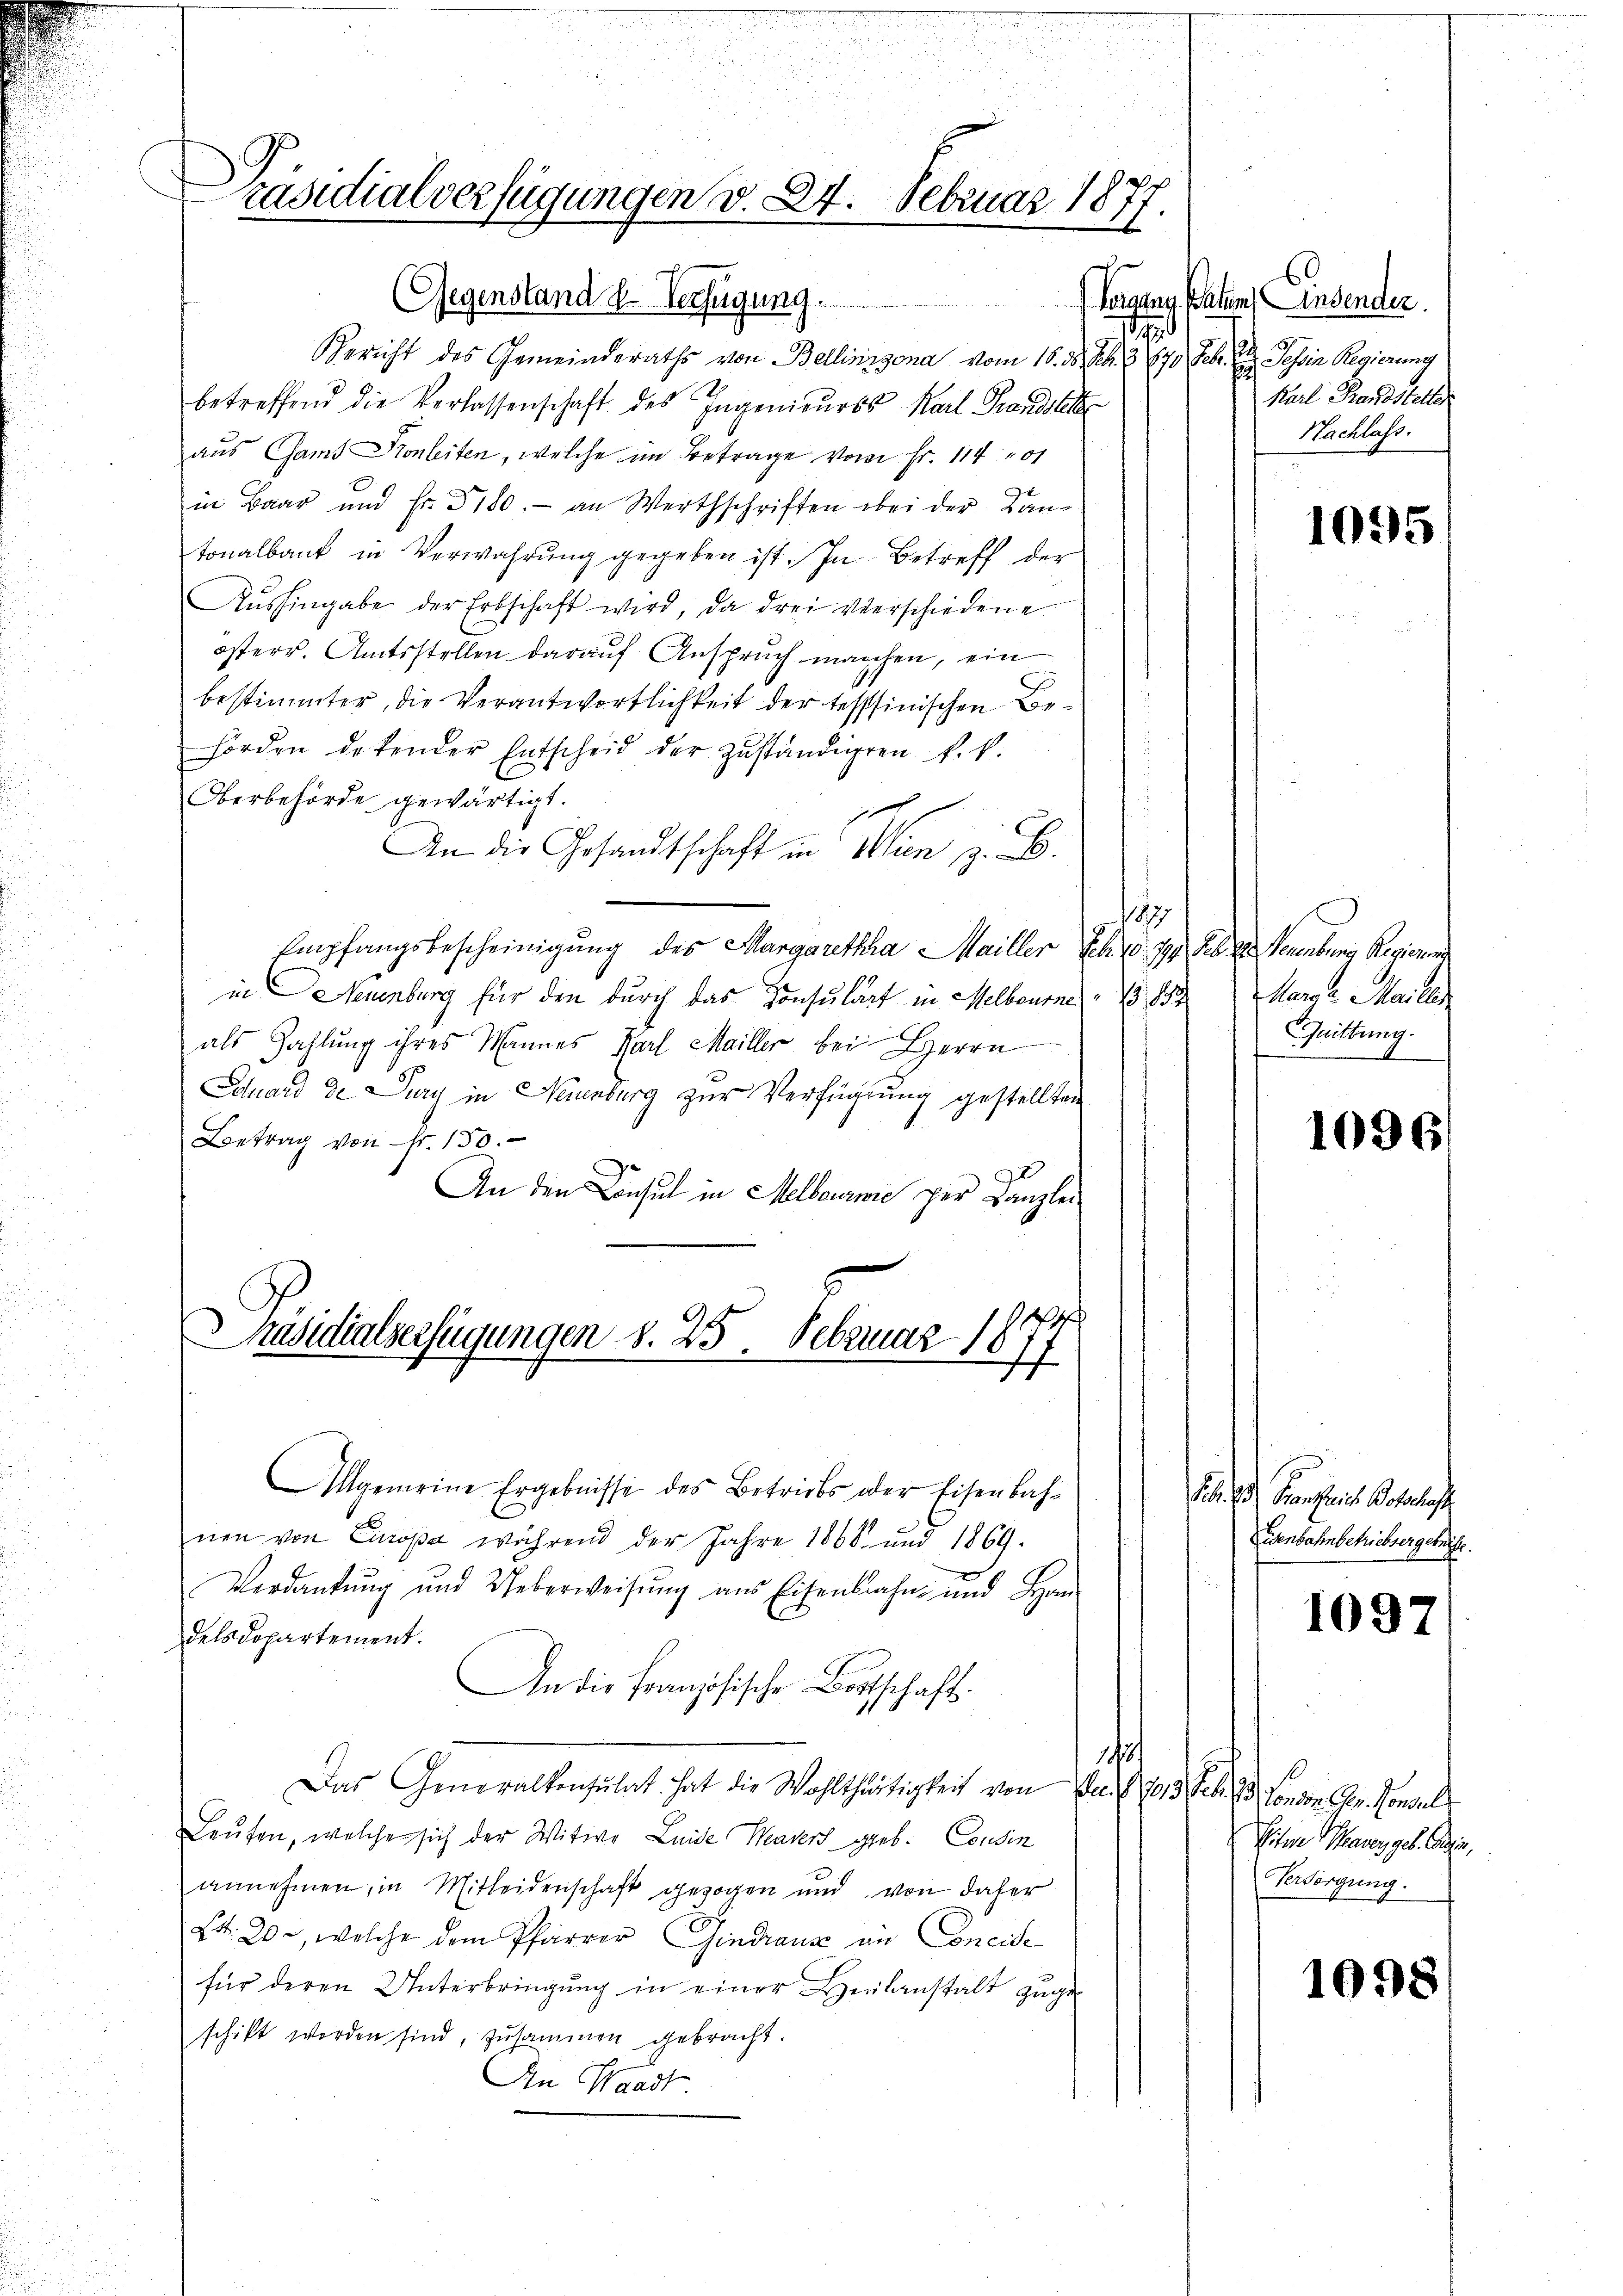
räsidialverfügungen v. 24. Februar 1877.

Gegenstand d. Verfügung.
h
Gericht des Gemeinderaths von Bellinzona vom 16. d. Js. 3. 870 Febr. v. Tessin Regierung
betreffend die Verlassenschaft des Ingenieures Karl Grandstel
aus Gamt Kronleiten, welche im Betrage von Fr. 11401
in Baar und Fr. 3180. - an Werthschriften bei der Kantonalbaut in Verwahrŭng gegeben ist. In Betreff der
Aŭshingabe der Erbschaft wird, da drei verschiedene
österr. Amtsstellen darauf Anspruch manchen, ein
bestimmter, die Verantwortlichkeit der tessinischen Behörden detender Entscheid der zŭständigen k. k.
Oberbehörde gewärtigt.
e
An die Gesandtschaft in Wien z. B.
1
Empfangsbescheinigung des Margaretha Mailler Sch. 10. 19 Febr. Neuenburg Regierung
in Neuenburg für den durch das Consulart in Melbourne 1889 Maria Mailler
als Zahlung ihres Mannes Karl Mailler bei Herrn
Eduard de Durch in Neuenburg zur Verfügung gestellten
Betrag von Fr. 150.
t
An den Consul in Melbournie per Canzlei
Präsidialverfügungen d. 25. Februar 1877
Allgemeine Ergebnisse des Betriebs oder Eisenbahnen von Europa während der Jahre 1868 und 1869.
Verdankŭng und Ueberweisŭng aus Eisenbahn und Han
dels Departement.
An die Französische Botschafts¬
1
Das Generalkonsulat hat die Wohlthätigkeit von da. § 1013 Feb. 23. Sonden Ger. Consul
Laufen, welche sich der Witwe Leide Maters geb. Cousin
annehmen, in Mitleidenschaft gezogen und von daher
Lt. 20, welche dem Pfarrer Gindraus in Concili
für deren Unterbringung in einer Heilanstalt zugeschikt worden sind, zusammen gebracht.
An Waadt

Heraus Paten Einsender.
Karl Brandstelle
Nachlass.

1095

Quittung.
4

1096

Feb. H. Frankreiche Botschaft
Eisenbahnbetriebsergebrige

1097

Sitere Taver geb. Gerin,
Versorgung.

1098